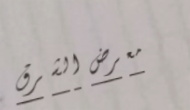
معرض الشرق